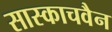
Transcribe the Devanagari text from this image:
सास्काचवैन